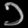
Digit: ၁